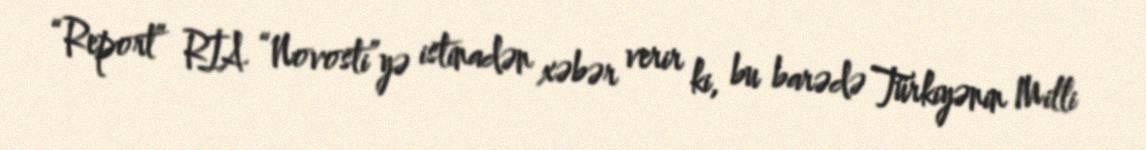
“Report” RİA “Novosti”yə istinadən xəbər verir ki, bu barədə Türkiyənin Milli